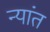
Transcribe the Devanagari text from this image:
न्यांत